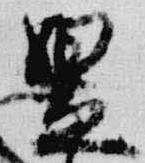
昱